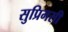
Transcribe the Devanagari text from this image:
सुप्रिमसी